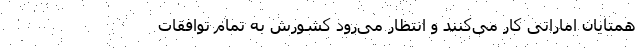
همتایان اماراتی کار می‌کنند و انتظار می‌رود کشورش به تمام توافقات